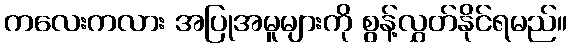
ကလေးကလား အပြုအမူများကို စွန့်လွှတ်နိုင်ရမည်။